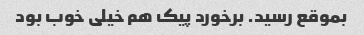
بموقع رسید. برخورد پیک هم خیلی خوب بود